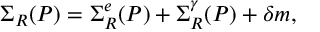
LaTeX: \Sigma _ { R } ( P ) = \Sigma _ { R } ^ { e } ( P ) + \Sigma _ { R } ^ { \gamma } ( P ) + \delta m ,